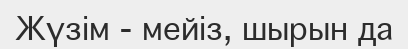
Жүзім - мейіз, шырын да